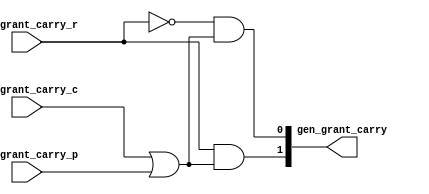
/*
 * These source files contain a hardware description of a network
 * automatically generated by CONNECT (CONfigurable NEtwork Creation Tool).
 *
 * This product includes a hardware design developed by Carnegie Mellon
 * University.
 *
 * Copyright (c) 2012 by Michael K. Papamichael, Carnegie Mellon University
 *
 * For more information, see the CONNECT project website at:
 *   http://www.ece.cmu.edu/~mpapamic/connect
 *
 * This design is provided for internal, non-commercial research use only, 
 * cannot be used for, or in support of, goods or services, and is not for
 * redistribution, with or without modifications.
 * 
 * You may not use the name "Carnegie Mellon University" or derivations
 * thereof to endorse or promote products derived from this software.
 *
 * THE SOFTWARE IS PROVIDED "AS-IS" WITHOUT ANY WARRANTY OF ANY KIND, EITHER
 * EXPRESS, IMPLIED OR STATUTORY, INCLUDING BUT NOT LIMITED TO ANY WARRANTY
 * THAT THE SOFTWARE WILL CONFORM TO SPECIFICATIONS OR BE ERROR-FREE AND ANY
 * IMPLIED WARRANTIES OF MERCHANTABILITY, FITNESS FOR A PARTICULAR PURPOSE,
 * TITLE, OR NON-INFRINGEMENT.  IN NO EVENT SHALL CARNEGIE MELLON UNIVERSITY
 * BE LIABLE FOR ANY DAMAGES, INCLUDING BUT NOT LIMITED TO DIRECT, INDIRECT,
 * SPECIAL OR CONSEQUENTIAL DAMAGES, ARISING OUT OF, RESULTING FROM, OR IN
 * ANY WAY CONNECTED WITH THIS SOFTWARE (WHETHER OR NOT BASED UPON WARRANTY,
 * CONTRACT, TORT OR OTHERWISE).
 *
 */


//
// Generated by Bluespec Compiler, version 2012.01.A (build 26572, 2012-01-17)
//
// On Fri Nov 18 09:45:30 EST 2016
//
// Method conflict info:
// Method: gen_grant_carry
// Conflict-free: gen_grant_carry
//
//
// Ports:
// Name                         I/O  size props
// gen_grant_carry                O     2
// gen_grant_carry_c              I     1
// gen_grant_carry_r              I     1
// gen_grant_carry_p              I     1
//
// Combinational paths from inputs to outputs:
//   (gen_grant_carry_c, gen_grant_carry_r, gen_grant_carry_p) -> gen_grant_carry
//
//

`ifdef BSV_ASSIGNMENT_DELAY
`else
`define BSV_ASSIGNMENT_DELAY
`endif

module module_gen_grant_carry(gen_grant_carry_c,
			      gen_grant_carry_r,
			      gen_grant_carry_p,
			      gen_grant_carry);
  // value method gen_grant_carry
  input  gen_grant_carry_c;
  input  gen_grant_carry_r;
  input  gen_grant_carry_p;
  output [1 : 0] gen_grant_carry;

  // signals for module outputs
  wire [1 : 0] gen_grant_carry;

  // value method gen_grant_carry
  assign gen_grant_carry =
	     { gen_grant_carry_r && (gen_grant_carry_c || gen_grant_carry_p),
	       !gen_grant_carry_r &&
	       (gen_grant_carry_c || gen_grant_carry_p) } ;
endmodule  // module_gen_grant_carry